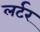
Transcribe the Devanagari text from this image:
लर्टर